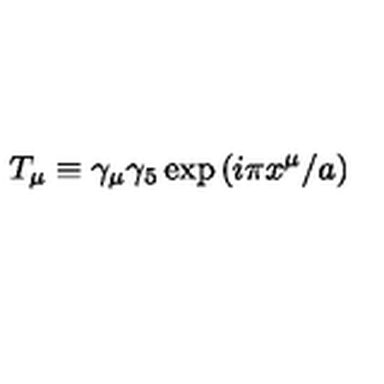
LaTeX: T _ { \mu } \equiv \gamma _ { \mu } \gamma _ { 5 } \exp { ( i \pi x ^ { \mu } / a ) }